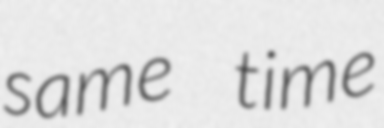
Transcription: same time